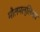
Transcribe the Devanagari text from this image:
मौलमल्लिका